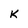
Character: k